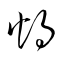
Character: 灼